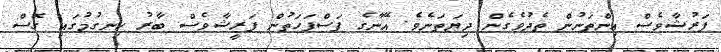
ފަރުޝާވެސް އިންތަނުން ތެދުވެގެން ދިޔަތަނެވެ. އޭނާގެ ފަސްފަހަތުން ފަރީޝާވެސް ބާރު ހިނގުމުގައި ގޮސް